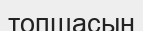
топшасын